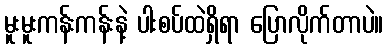
မူးမူးကန်းကန်းနဲ့ ပါးစပ်ထဲရှိရာ ပြောလိုက်တာပဲ။